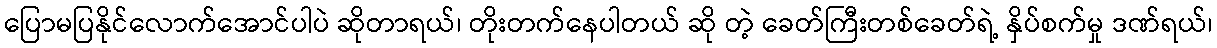
ပြောမပြနိုင်လောက်အောင်ပါပဲ ဆိုတာရယ်၊ တိုးတက်နေပါတယ် ဆို တဲ့ ခေတ်ကြီးတစ်ခေတ်ရဲ့ နှိပ်စက်မှု ဒဏ်ရယ်၊